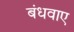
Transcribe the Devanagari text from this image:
बंधवाए